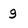
Character: 9